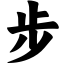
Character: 步